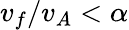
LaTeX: v_{f}/v_{A}<\alpha